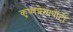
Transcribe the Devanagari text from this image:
कृष्णप्रेमापोटी